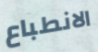
الانطباع